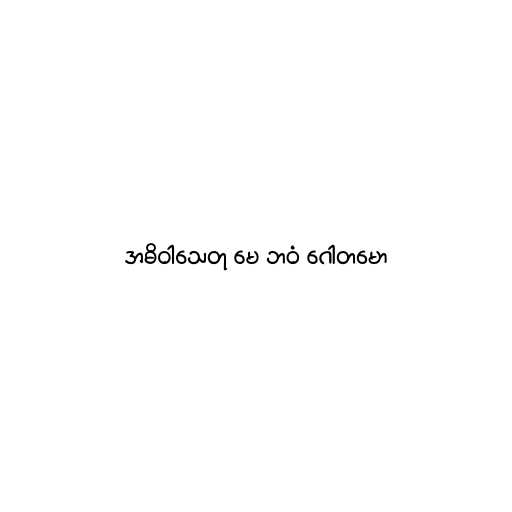
အဓိဝါသေတု မေ ဘဝံ ဂေါတမော